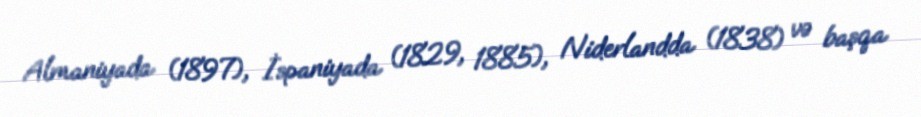
Almaniyada (1897), İspaniyada (1829, 1885), Niderlandda (1838) və başqa